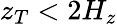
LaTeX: z_{T}<2H_{z}